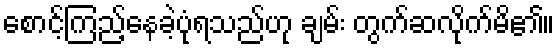
စောင့်ကြည့်နေခဲ့ပုံရသည်ဟု ချမ်း တွက်ဆလိုက်မိ၏။